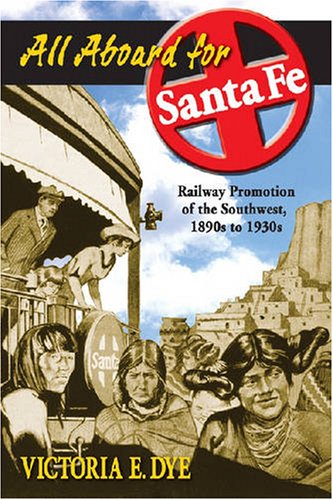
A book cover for All Aboard for Santa Fe: Railway Promotion of the Southwest, 1890s to 1930s; Victoria E. Dye; Travel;